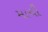
માચી